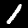
Label: 1